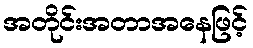
အတိုင်းအတာအနေဖြင့်